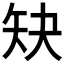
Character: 𰦕